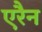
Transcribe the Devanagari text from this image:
एरैन